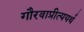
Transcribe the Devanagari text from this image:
गौरवाप्रीत्ययर्थ